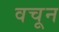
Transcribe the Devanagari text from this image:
वचून